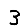
Digit: 3